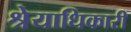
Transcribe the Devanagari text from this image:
श्रेयाधिकारी